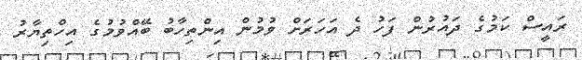
ރައީސް ކަމުގެ ދައުރުން ފަހު ދެ އަހަރަށް ވުމުން އިންތިހާބު ބޭއްވުމުގެ އިހްތިޔާރު